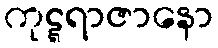
ကုဋ္ဋရာဇာနော